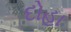
દોહા